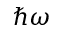
\hbar \omega